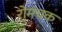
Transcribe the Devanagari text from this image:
रोमंचक